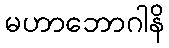
မဟာဘောဂါနိ